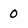
Character: 0